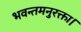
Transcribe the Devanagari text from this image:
भवन्तमनुरक्ता।